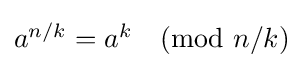
{\textstyle a^{n/k}=a^{k}{\pmod {n/k}}}